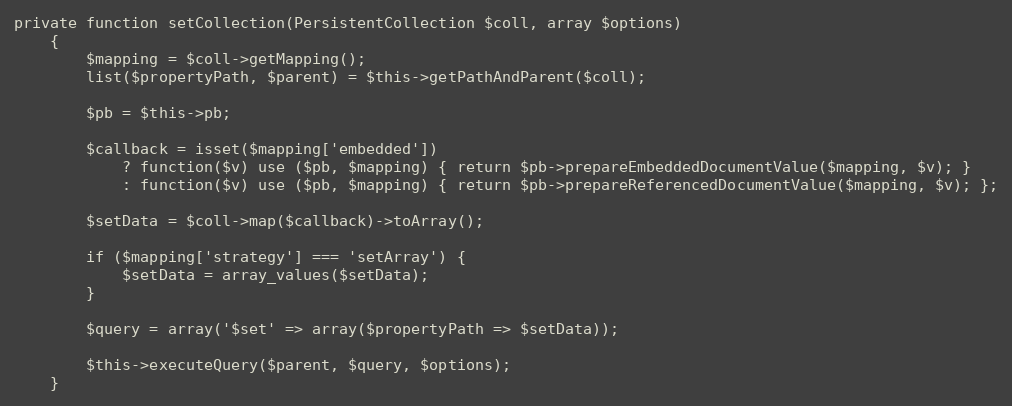
Language: PHP
private function setCollection(PersistentCollection $coll, array $options)
    {
        $mapping = $coll->getMapping();
        list($propertyPath, $parent) = $this->getPathAndParent($coll);

        $pb = $this->pb;

        $callback = isset($mapping['embedded'])
            ? function($v) use ($pb, $mapping) { return $pb->prepareEmbeddedDocumentValue($mapping, $v); }
            : function($v) use ($pb, $mapping) { return $pb->prepareReferencedDocumentValue($mapping, $v); };

        $setData = $coll->map($callback)->toArray();

        if ($mapping['strategy'] === 'setArray') {
            $setData = array_values($setData);
        }

        $query = array('$set' => array($propertyPath => $setData));

        $this->executeQuery($parent, $query, $options);
    }